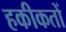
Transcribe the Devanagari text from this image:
हकीकतों